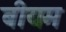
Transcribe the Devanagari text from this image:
बीयम